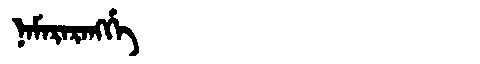
Manchu: ᠨᠠᠮᠠᡵᠠᡵᠠᠩᡤᡝ
Romanization: NAMARARANGGE